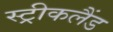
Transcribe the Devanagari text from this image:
स्ट्रीकलैंड